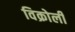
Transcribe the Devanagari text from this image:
विक्रोली